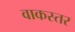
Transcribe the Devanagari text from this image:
वाकस्तर